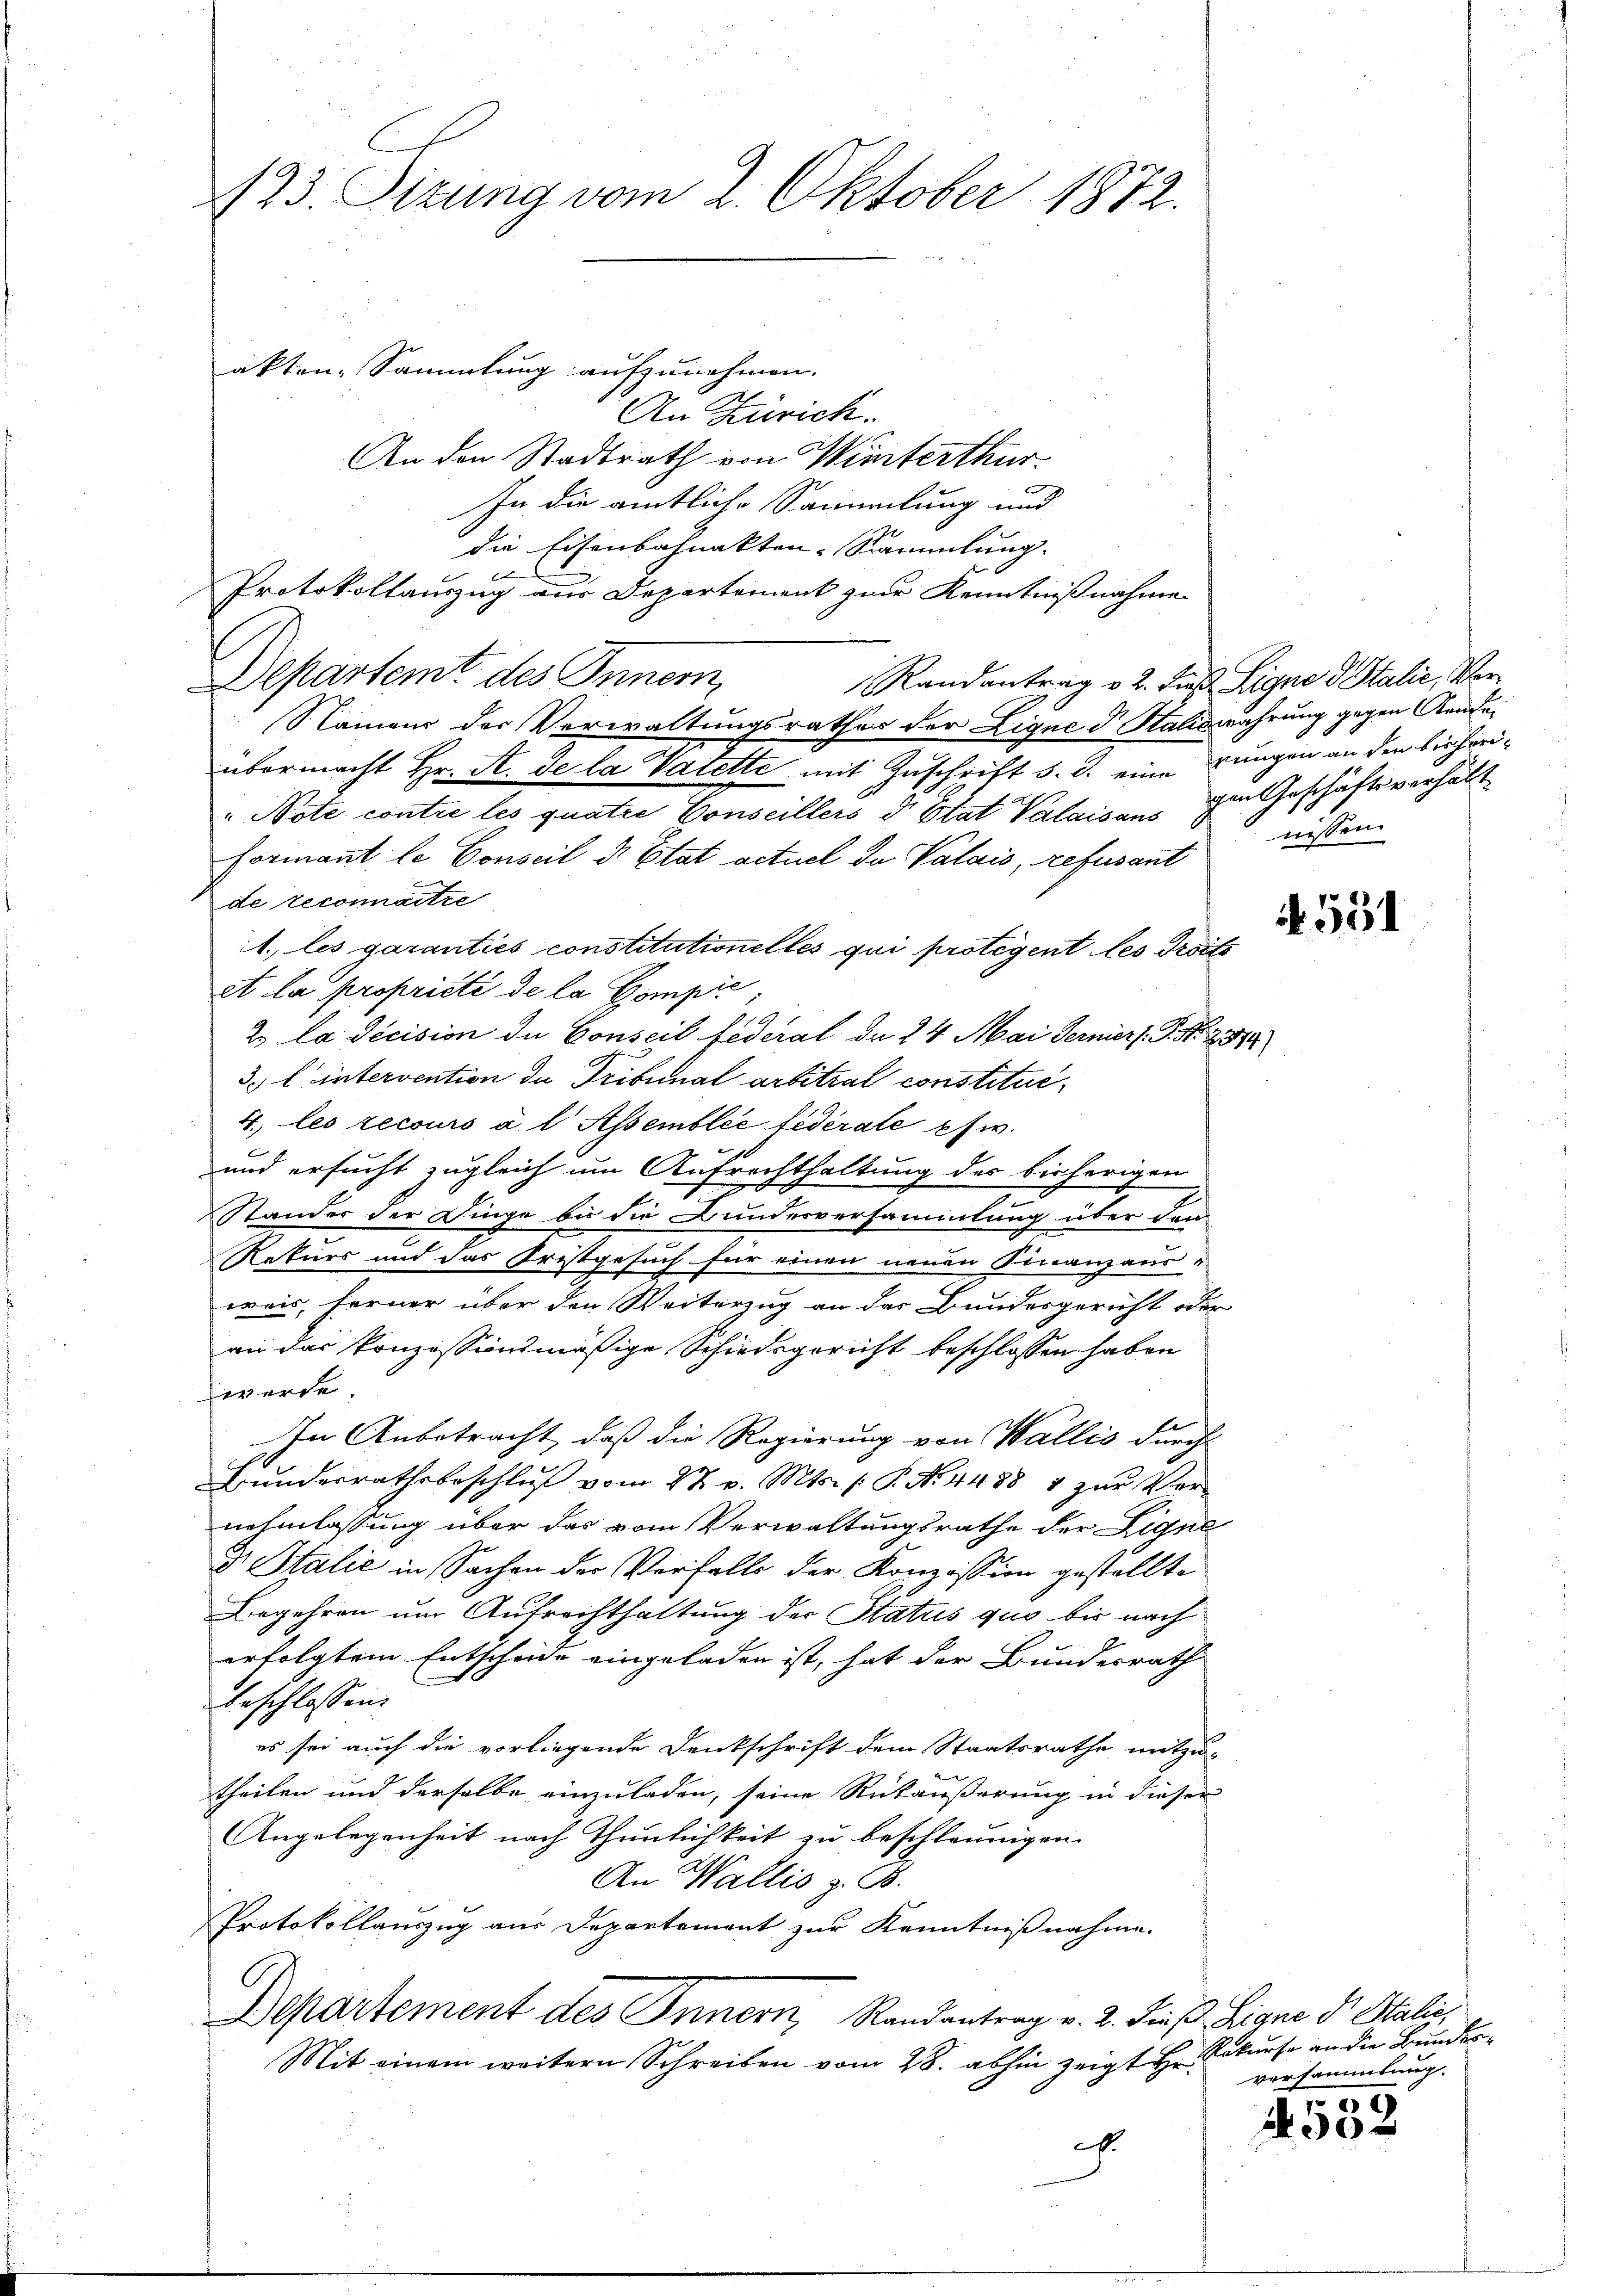
123. Sizung vom 2. Oktober 1872.

akten-Sammlung aufzunehmen.
An Zürich.
An den Stadtrath von Winterthur.
In die amtliche Sammlung und
die Eisenbahnakten-Sammlung.
Protokollauszug aus Departement zur Kenntnißnahme
Departemt des Innern,
Randantrag v. 2. Fuß. Signe d. Stalie, Ver¬
Namens der Verwaltungsrathes der Ligne d Saliswahrung gegen Aendei
übermacht Hr. A. de la Valette mit Zuschrift d. d. ungen an den bisheri¬
" Note contre les quatre Conseillers d Etat Valaisans im Geschäftsverhält
Formant le Conseil d. Etat actuel du Valais, refusant
de reconnaitte
1. les garanties constitutionelles qui protegent les droits
et la propriété de la Compie
2 la décision die Conseil federal da 24 Mai Fernier. P. Nr. 237
3. l. untervention du Tribunal arbitzal constitue
4., les recours à l Assemblée federate pfw.
und ersucht zugleich um Aufrachthaltung des bisherigen
Stander der Dinge bis die Bundesversammlung über den
Rekurs und das Kristgesuch für einen neuen Finanzausweis, ferner über den Weiterzug an der Bundesgericht oder
an das konzessionsmäßige Schiedsgericht beschlossen haben
werde
In Anbetracht, daß die Regierung von Wallis durch
Bunderrathsbeschluß vom 27. v. Mts. /: P. Nr. 1488 4 zur Vernehmlassung über das vom Verwaltungsrathe der Ligne
D Salić in Sachen der Verfalls der Konzession gestellte
Begehren um Aufrechthaltung der Status quo bis nach
erfolgtem Entscheide eingeladen ist, hat der Bundesrath
beschlossen:
es sei auch die vorliegende Denkschrift dem Staatsrathe mitzu-
theilen und derselbe einzuladen, seine Rückäußerung in dieser
Angelegenheit nach Thunlichkeit zu beschleunigen.
An Wallis z. B.
Protokollauszug aus Departement zur Kenntnißnahme.
Departement des Innern, Randantrag v. 2. Finß. Signe der Stalie
Mit einem weitern Schreiben vom 28. abhin zeigt Hr. Rekurse an die Bundes¬
.

nissen.

551

versammlung.

89
 30